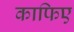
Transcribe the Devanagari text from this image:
काफिए